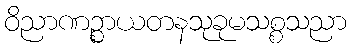
ဝိညာဏဉ္စာယတနသုခုမသစ္စသညာ